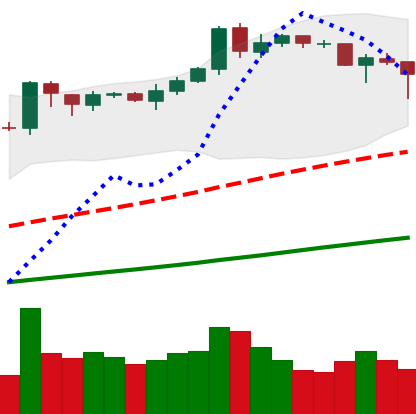
Ticker: BNB-USD
Chart end date: 2019-04-11
Forward return: 12.017%
Label: up_7plus